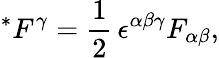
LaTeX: ^*{F^{\gamma}}=\frac{1}{2}\, \epsilon^{\alpha\beta\gamma}F_{\alpha\beta},